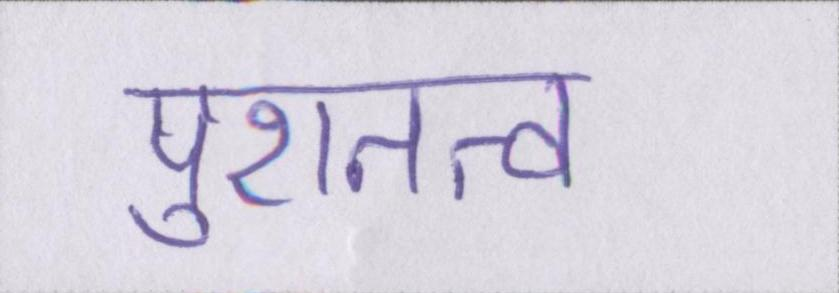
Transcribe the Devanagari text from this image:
पुरातत्व